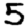
Digit: 5